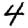
Digit: 4